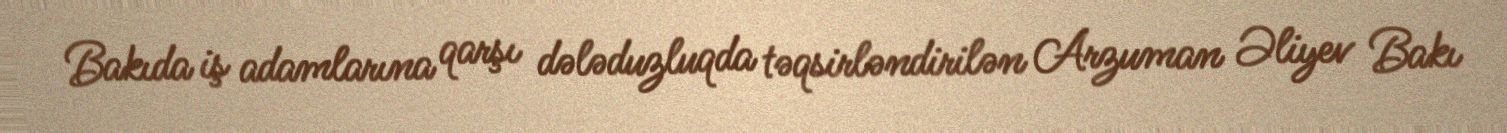
Bakıda iş adamlarına qarşı dələduzluqda təqsirləndirilən Arzuman Əliyev Bakı